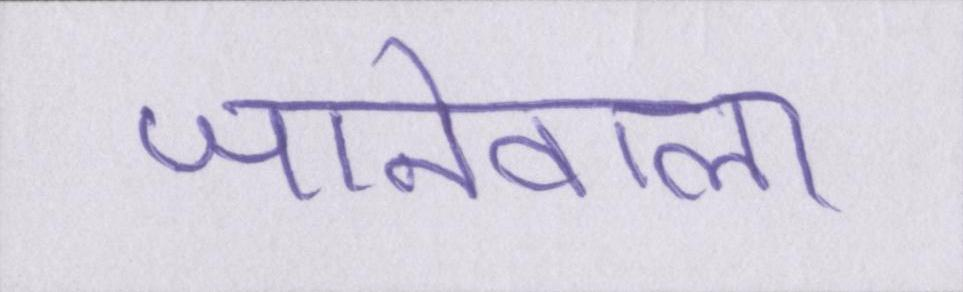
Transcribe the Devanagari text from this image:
जानेवाला